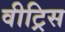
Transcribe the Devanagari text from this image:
वीट्रिस